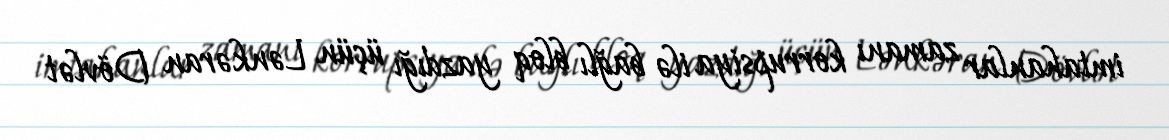
imtahanlar zamanı korrupsiya ilə bağlı bloq yazdığı üçün Lənkəran Dövlət